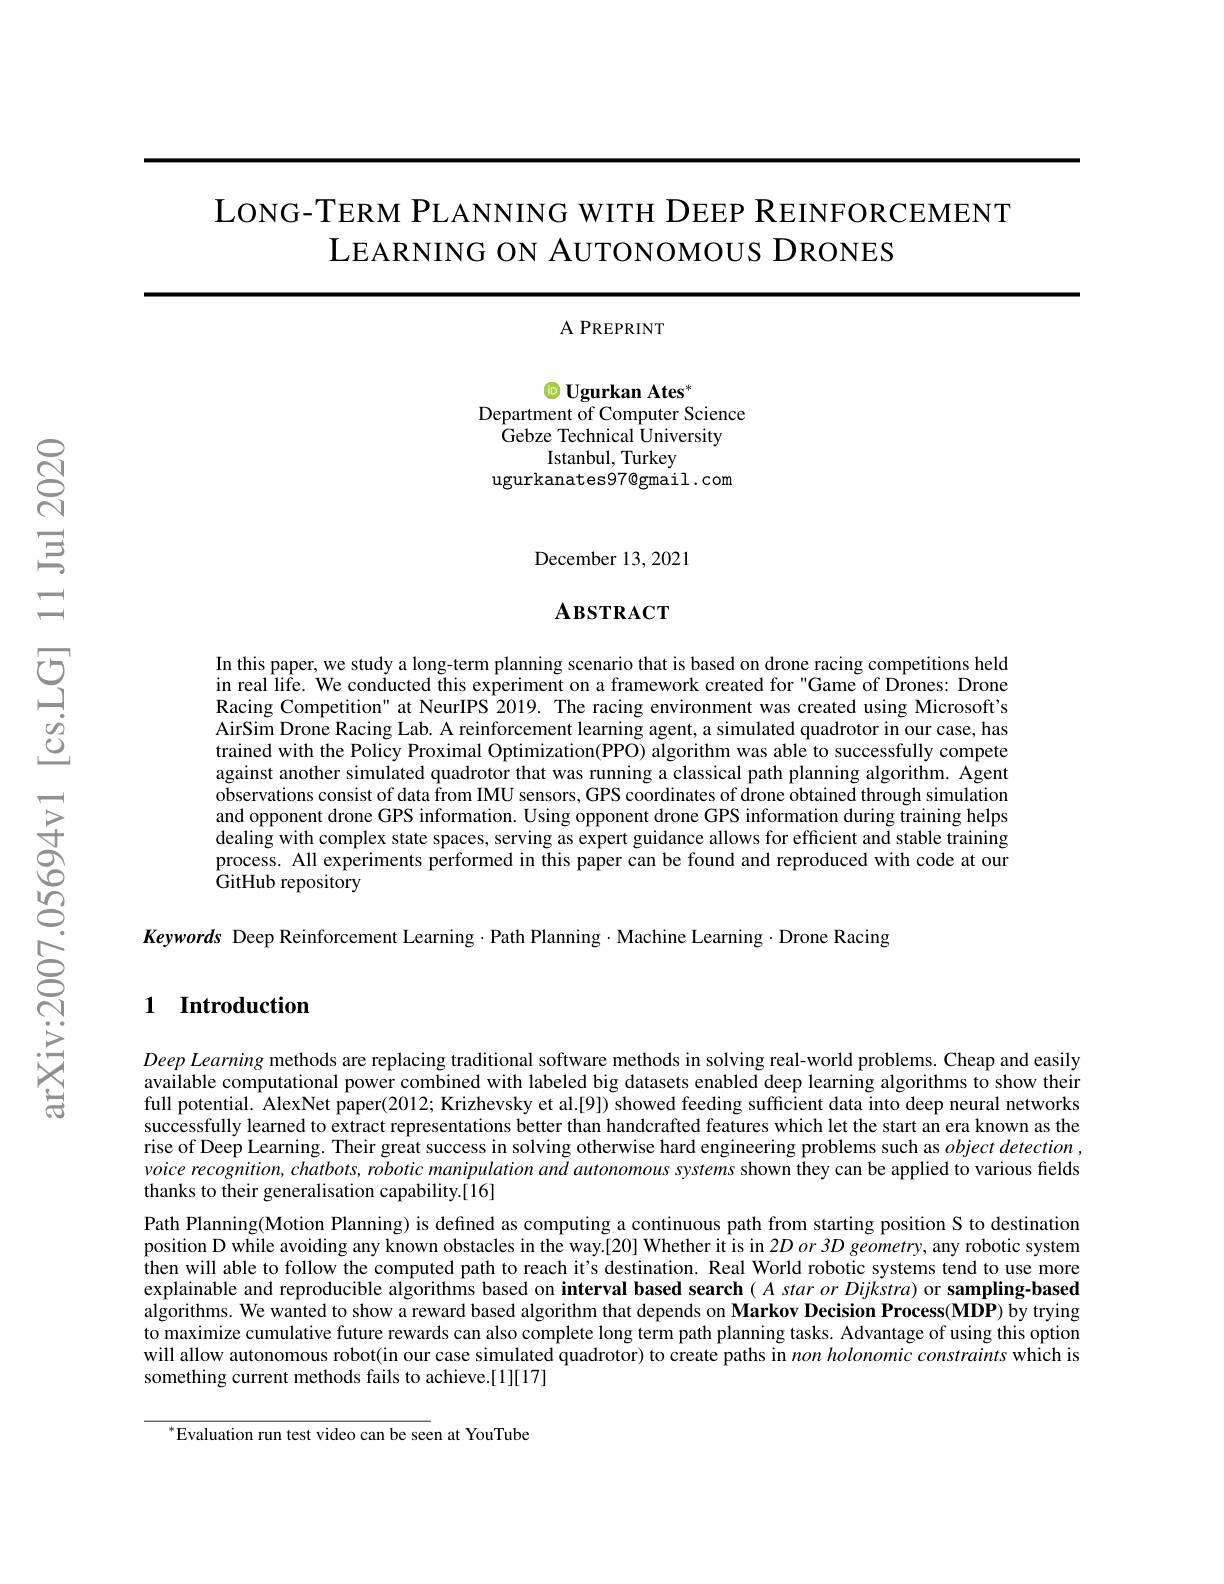
LONG-TERM PLANNING WITH DEEP REINFORCEMENT
LEARNING ON AUTONOMOUS DRONES

$APREPRINT$

$\textcircled{\mathrm{D}}\textbf{Ugurkan Ates}^*$

Department of Computer Science

Gebze Technical University

Istanbul, Turkey

ugurkanates97@gmail.com

December 13, 2021

## $\mathbf{A}\mathbf{B}\mathbf{S}\mathbf{T}\mathbf{R}\mathbf{A}\mathbf{C}\mathbf{T}$

In this paper, we study a long-term planning scenario that is based on drone racing competitions held in real life. We conducted this experiment on a framework created for "Game of Drones: Drone Racing Competition" at NeurIPS 2019. The racing environment was created using Microsoft's AirSim Drone Racing Lab. A reinforcement learning agent, a simulated quadrotor in our case, has trained with the Policy Proximal Optimization(PPO) algorithm was able to successfully compete against another simulated quadrotor that was running a classical path planning algorithm. Agent observations consist of data from IMU sensors, GPS coordinates of drone obtained through simulation and opponent drone GPS information. Using opponent drone GPS information during training helps dealing with complex state spaces, serving as expert guidance allows for efficient and stable training process. All experiments performed in this paper can be found and reproduced with code at our GitHub repository

Keywords Deep Reinforcement Learning·Path Planning·Machine Learning·Drone Racing

### 1 Introduction

$Deep\textit{Learning methods are replacing traditional software methods in solving real- world problems. Cheap and easily}$ available computational power combined with labeled big datasets enabled deep learning algorithms to show their full potential. AlexNet paper(2012; Krizhevsky et al.[9]) showed feeding sufficient data into deep neural networks successfully learned to extract representations better than handcrafted features which let the start an era known as the rise of Deep Learning. Their great success in solving otherwise hard engineering problems such as $object\textit{detection, }$ $voice~recognition,~chatbots,~robotic~manipulation~and~autonomous~systems~shown~they~can~be~applied~to~various~fields$ thanks to their generalisation capability.[16]
Path Planning(Motion Planning) is defined as computing a continuous path from starting position S to destination position D while avoiding any known obstacles in the way.[20] Whether it is in $2Dor$ 3D geometry, any robotic system then will able to follow the computed path to reach it's destination. Real World robotic systems tend to use more explainable and reproducible algorithms based on interval based search $( A\textit{star or Dijkstra) or sampling- based}$ $\hat{\text{algorithms. We wanted to show a reward based algorithm that depends on Markov Decision Process(MDP) by trying}}$ to maximize cumulative future rewards can also complete long term path planning tasks. Advantage of using this option will allow autonomous robot(in our case simulated quadrotor) to create paths in $non\textit{holonomic constraints which is}$ something current methods fails to achieve.[1][17]

$^{*}$Evaluation run test video can be seen at YouTube